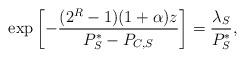
LaTeX: \begin{align*}\exp \left[ - \frac{(2^{R}-1)(1+\alpha)z}{P_S^*-P_{C,S}} \right] = \frac{\lambda_S}{P_S^*},\end{align*}